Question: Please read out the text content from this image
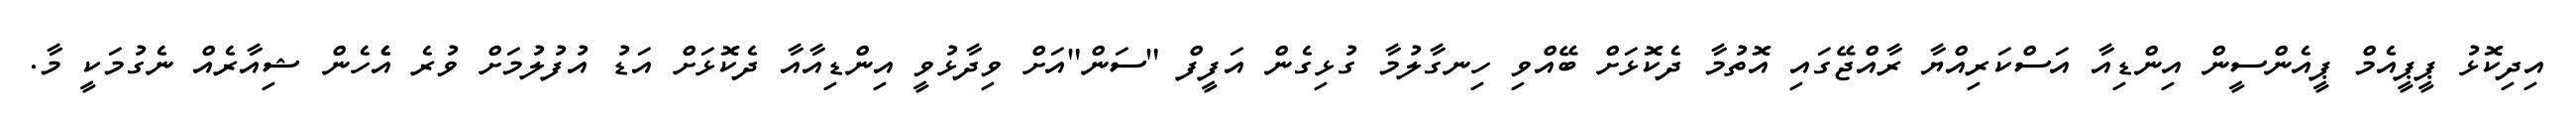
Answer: އިދިކޮޅު ޕީޕީއެމް ޕީއެންސީން އިންޑިއާ އަސްކަރިއްޔާ ރާއްޖޭގައި އޮތުމާ ދެކޮޅަށް ބޭއްވި ހިނގާލުމާ ގުޅިގެން އަފީފް "ސަން"އަށް ވިދާޅުވީ އިންޑިއާއާ ދެކޮޅަށް އަޑު އުފުލުމަށް ވުރެ އެެހެން ޝިއާރެއް ނެގުމަކީ މާ.